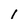
Character: 1